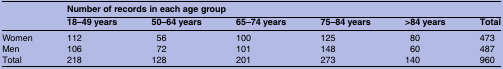
|  | <COLSPAN=6> Number of records in each age group |
 |  | 18–49 years | 50–64 years | 65–74 years | 75–84 years | >84 years | Total |
 | --- | --- | --- | --- | --- | --- | --- |
 | Women | 112 | 56 | 100 | 125 | 80 | 473 |
 | Men | 106 | 72 | 101 | 148 | 60 | 487 |
 | Total | 218 | 128 | 201 | 273 | 140 | 960 |